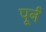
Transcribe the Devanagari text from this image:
पूर्न